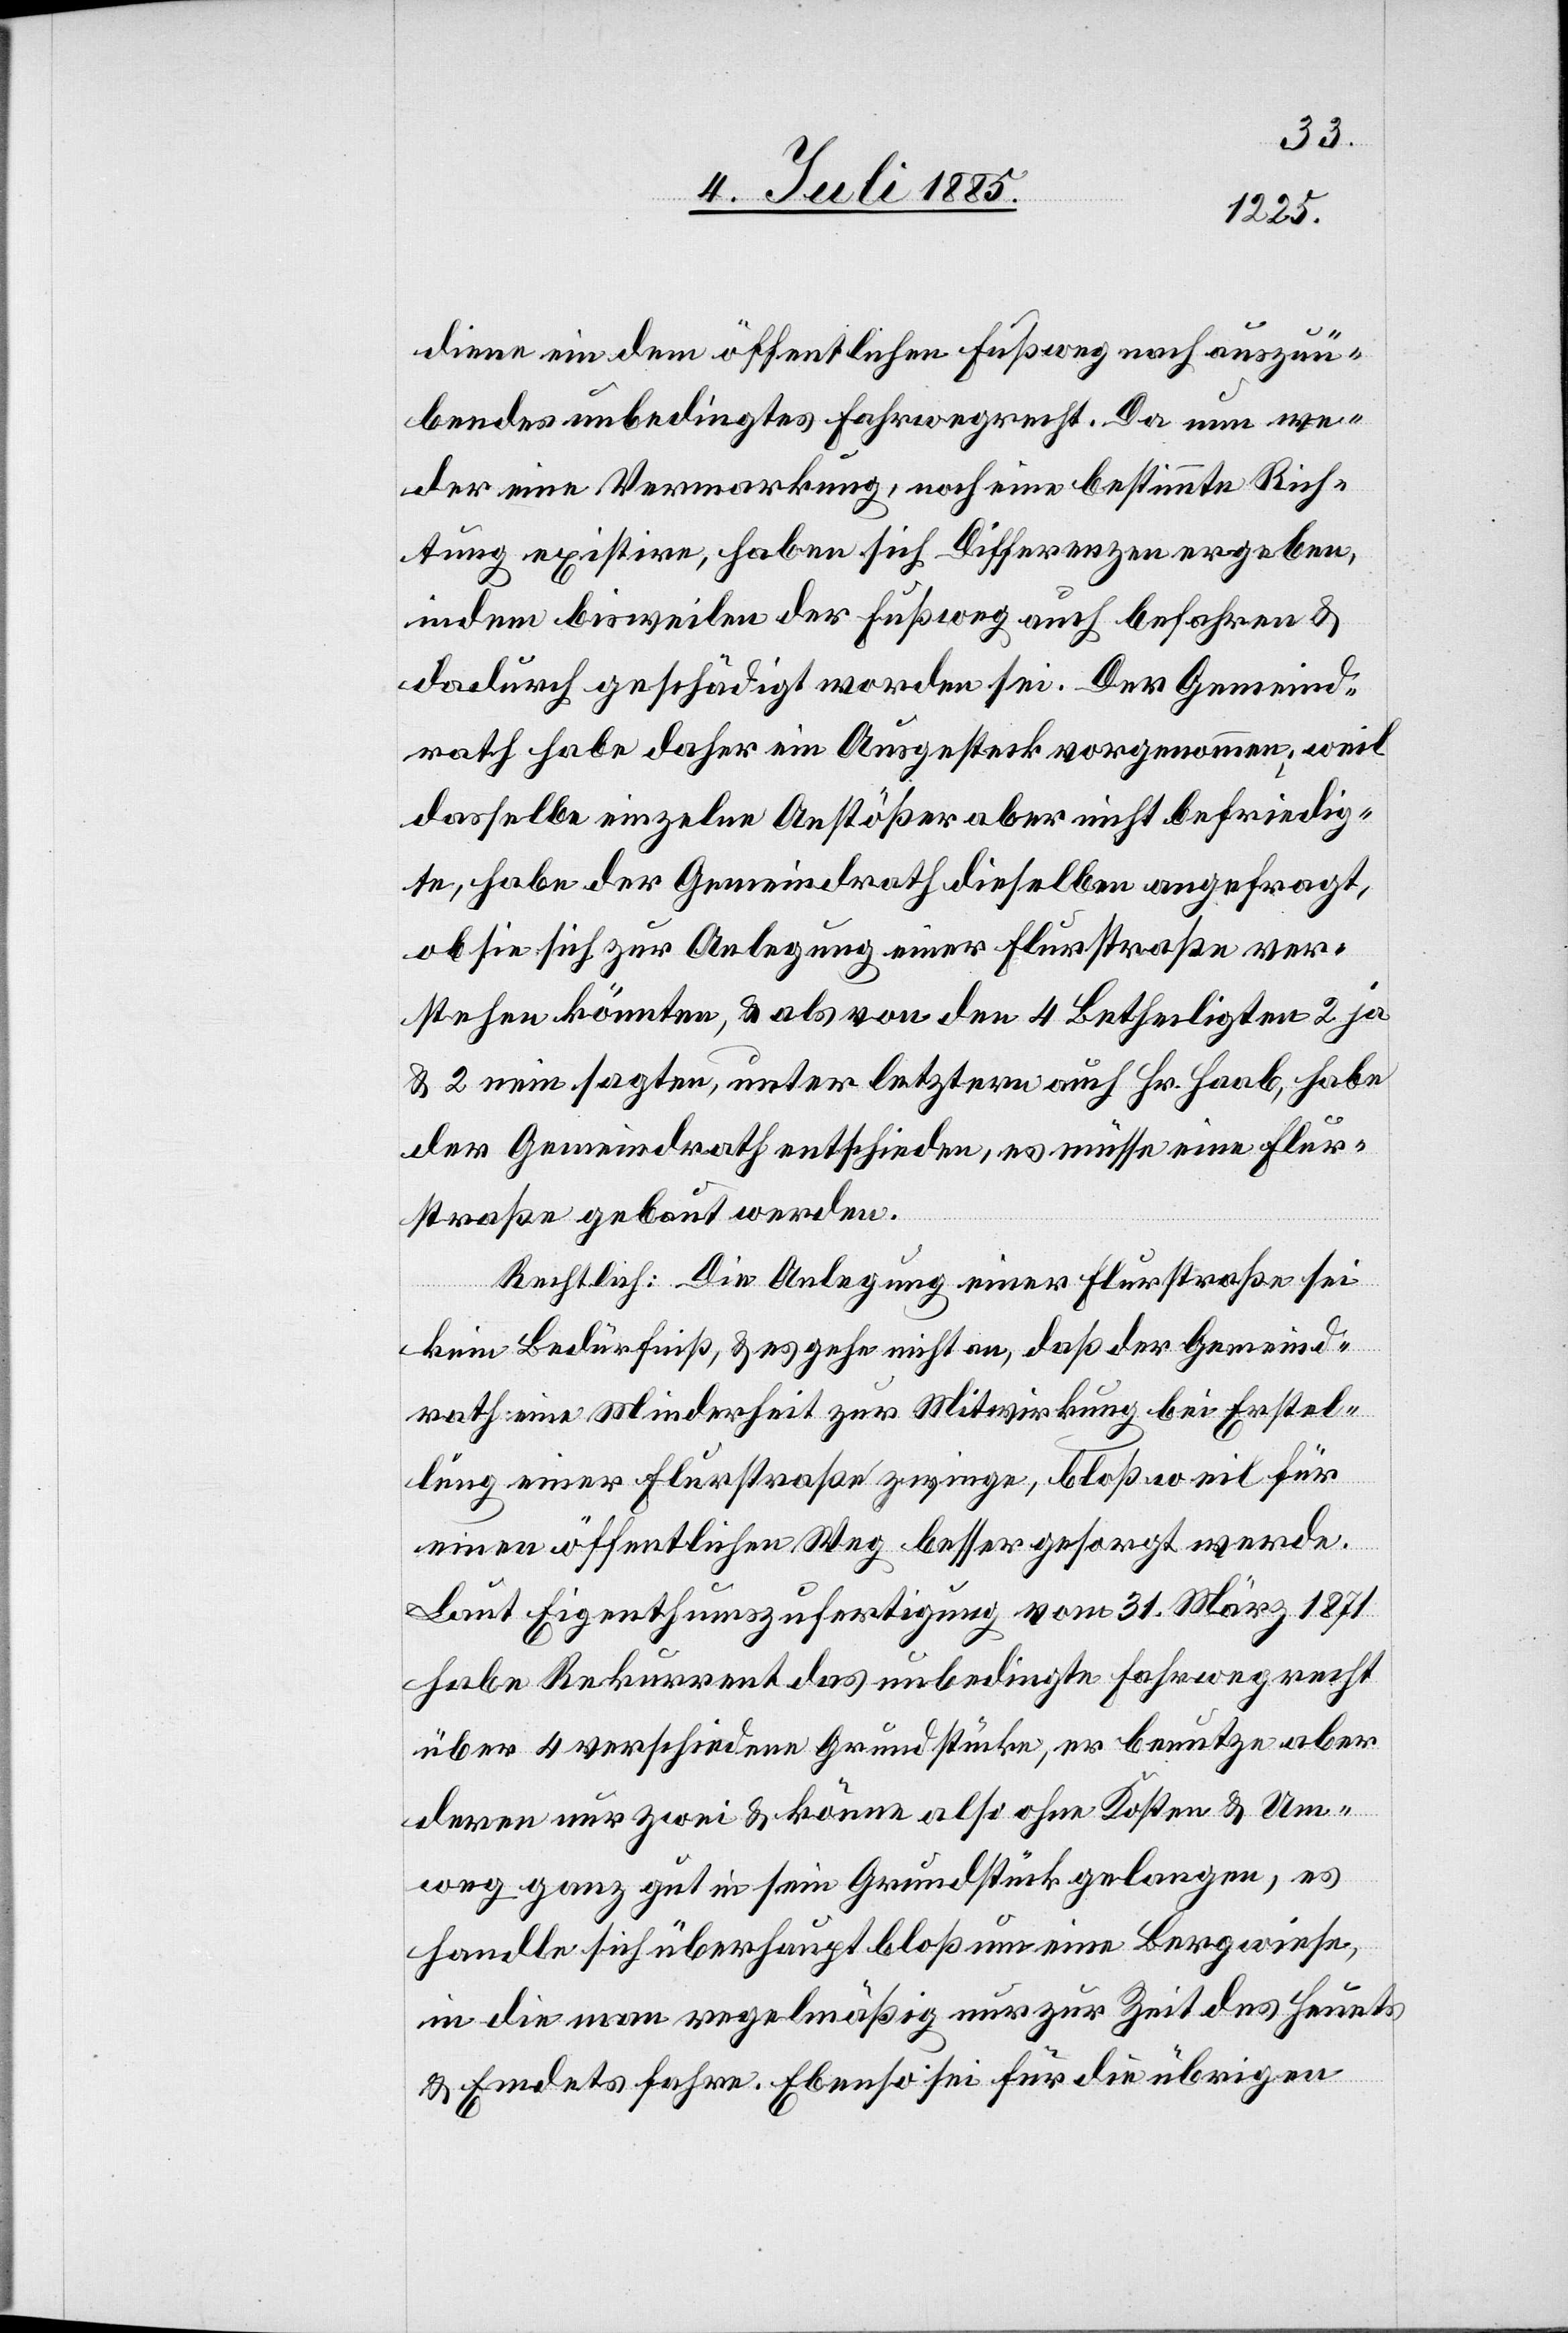
diene ein dem öffentlichen Fußweg nach auszuü¬
bendes unbedingtes Fahrwegrecht. Da nun we¬
der eine Vermarkung, noch eine bestimmte Rich¬
tung existire, haben sich Differenzen ergeben,
indem bisweilen der Fußweg auch befahren &
dadurch geschädigt worden sei. Der Gemeind¬
rath habe daher ein Ausgesteck vorgenommen; weil
dasselbe einzelne Anstößer aber nicht befriedig¬
te, habe der Gemeindrath dieselben angefragt,
ob sie sich zur Anlegung einer Flurstraße ver¬
stehen könnten, & als von den 4 Betheiligten 2 ja
& 2 nein sagten, unter letztern auch Hr. Haab, habe
der Gemeindrath entschieden, es müsse eine Flur¬
straße gebaut werden.
Rechtlich: Die Anlegung einer Flurstraße sei
kein Bedürfniß, & es gehe nicht an, daß der Gemeind¬
rath eine Minderheit zur Mitwirkung bei Erstel¬
lung einer Flurstraße zwinge, bloß weil für
einen öffentlichen Weg besser gesorgt werde.
Laut Eigenthumszufertigung vom 31. März 1871
habe Rekurrent das unbedingte Fahrwegrecht
über 4 verschiedene Grundstücke, er benutze aber
deren nur zwei & könne also ohne Kosten & Um¬
weg ganz gut in sein Grundstück gelangen, es
handle sich überhaupt bloß um eine Bergwiese,
in die man regelmäßig nur zur Zeit des Heuets
& Emdets fahre. Ebenso sei für die übrigen